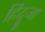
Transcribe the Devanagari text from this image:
हिंदूजा